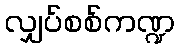
လျှပ်စစ်ကဏ္ဍ